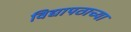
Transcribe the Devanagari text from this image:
विद्यापठाच्या